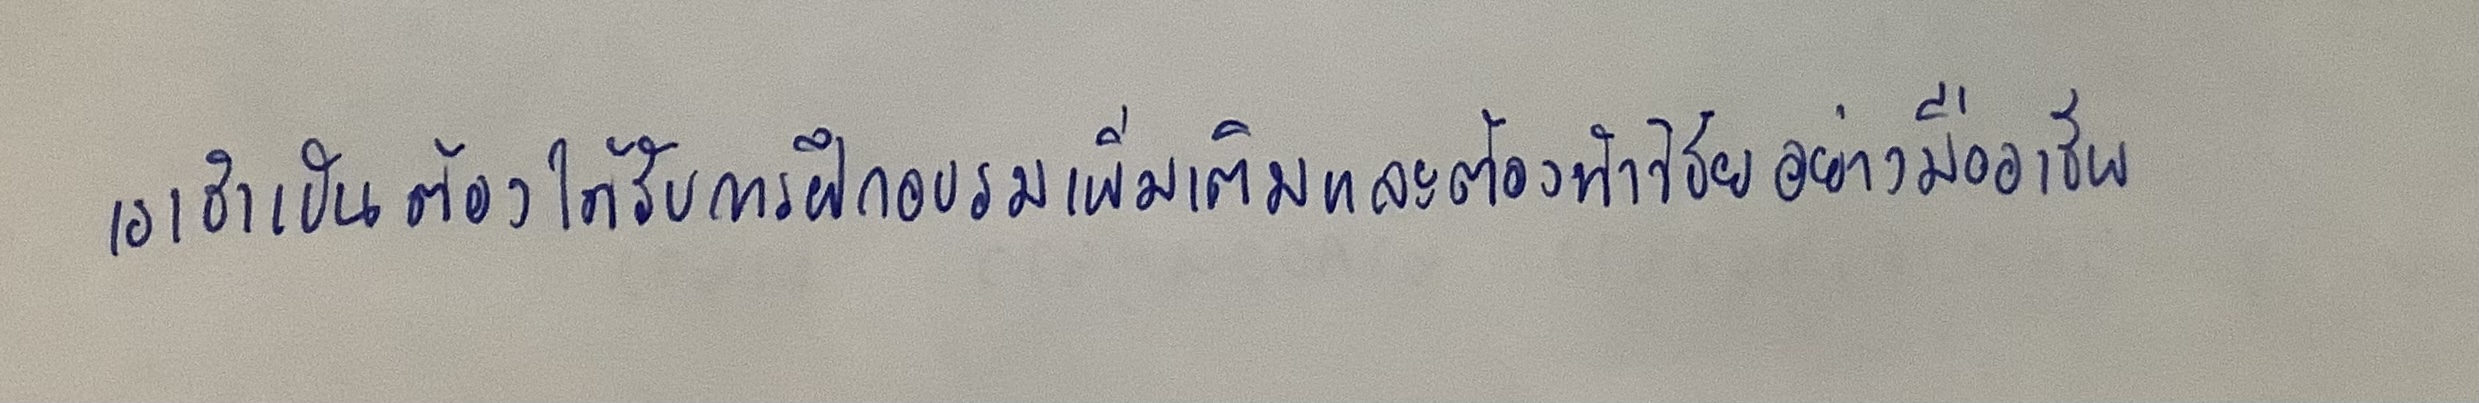
เราจำเป็นต้องได้รับการฝึกอบรมเพิ่มเติมและต้องทำวิจัยอย่างมืออาชีพ